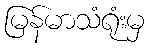
မြန်မာသံရုံးမှ